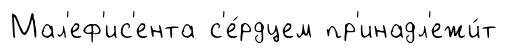
Мал'еф'ис'ента с'е́рдцем пр'инадл'ежи́т